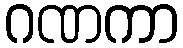
ဂဏကာ